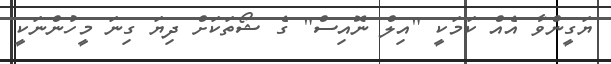
ޔަގީންވާ އެއް ކަމަކީ "އިލް ނޮއިސް" ގެ ޝޯތަކަށް ދިޔަ ގިނަ މީހުންނަކީ